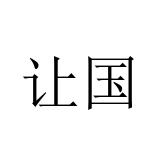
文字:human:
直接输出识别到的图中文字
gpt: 让国